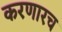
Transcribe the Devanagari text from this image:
करणारच